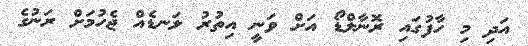
އަދި މި ހާފުގައި ރޮނާލްޑޯ އަށް ވަނީ އިތުރު ލަނޑެއް ޖެހުމަށް ރަނުގެ